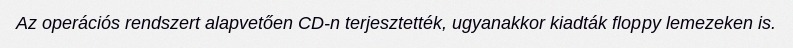
Az operációs rendszert alapvetően CD-n terjesztették, ugyanakkor kiadták floppy lemezeken is.